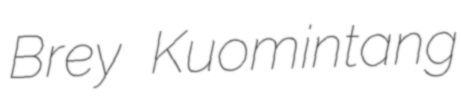
Brey Kuomintang